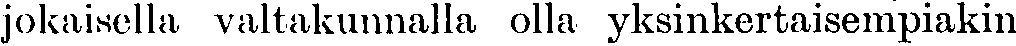
jokaisella valtakunnalla olla yksinkertaisempiakin